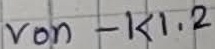
Text: von - K1.2